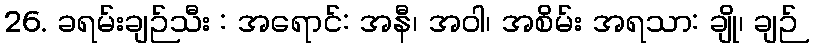
26. ခရမ်းချဉ်သီး : အရောင်: အနီ၊ အဝါ၊ အစိမ်း အရသာ: ချို၊ ချဉ်